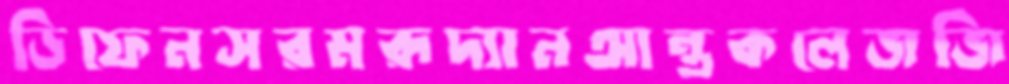
ডিফেনসরমরূদ্যানআন্তকলেজজি